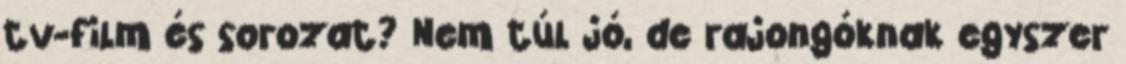
tv-film és sorozat? Nem túl jó, de rajongóknak egyszer